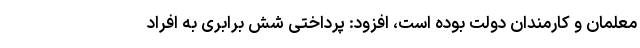
معلمان و کارمندان دولت بوده است، افزود: پرداختی شش برابری به افراد